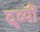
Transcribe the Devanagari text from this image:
द्र्व्यों